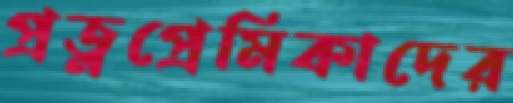
প্রত্নপ্রেমিকাদের